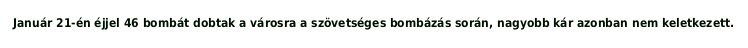
Január 21-én éjjel 46 bombát dobtak a városra a szövetséges bombázás során, nagyobb kár azonban nem keletkezett.